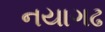
નયાગઢ